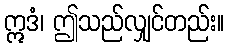
ဣဒံ၊ ဤသည်လျှင်တည်း။